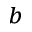
^ { b }